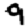
Digit: 9